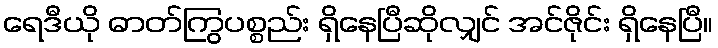
ရေဒီယို ဓာတ်ကြွပစ္စည်း ရှိနေပြီဆိုလျှင် အင်ဇိုင်း ရှိနေပြီ။